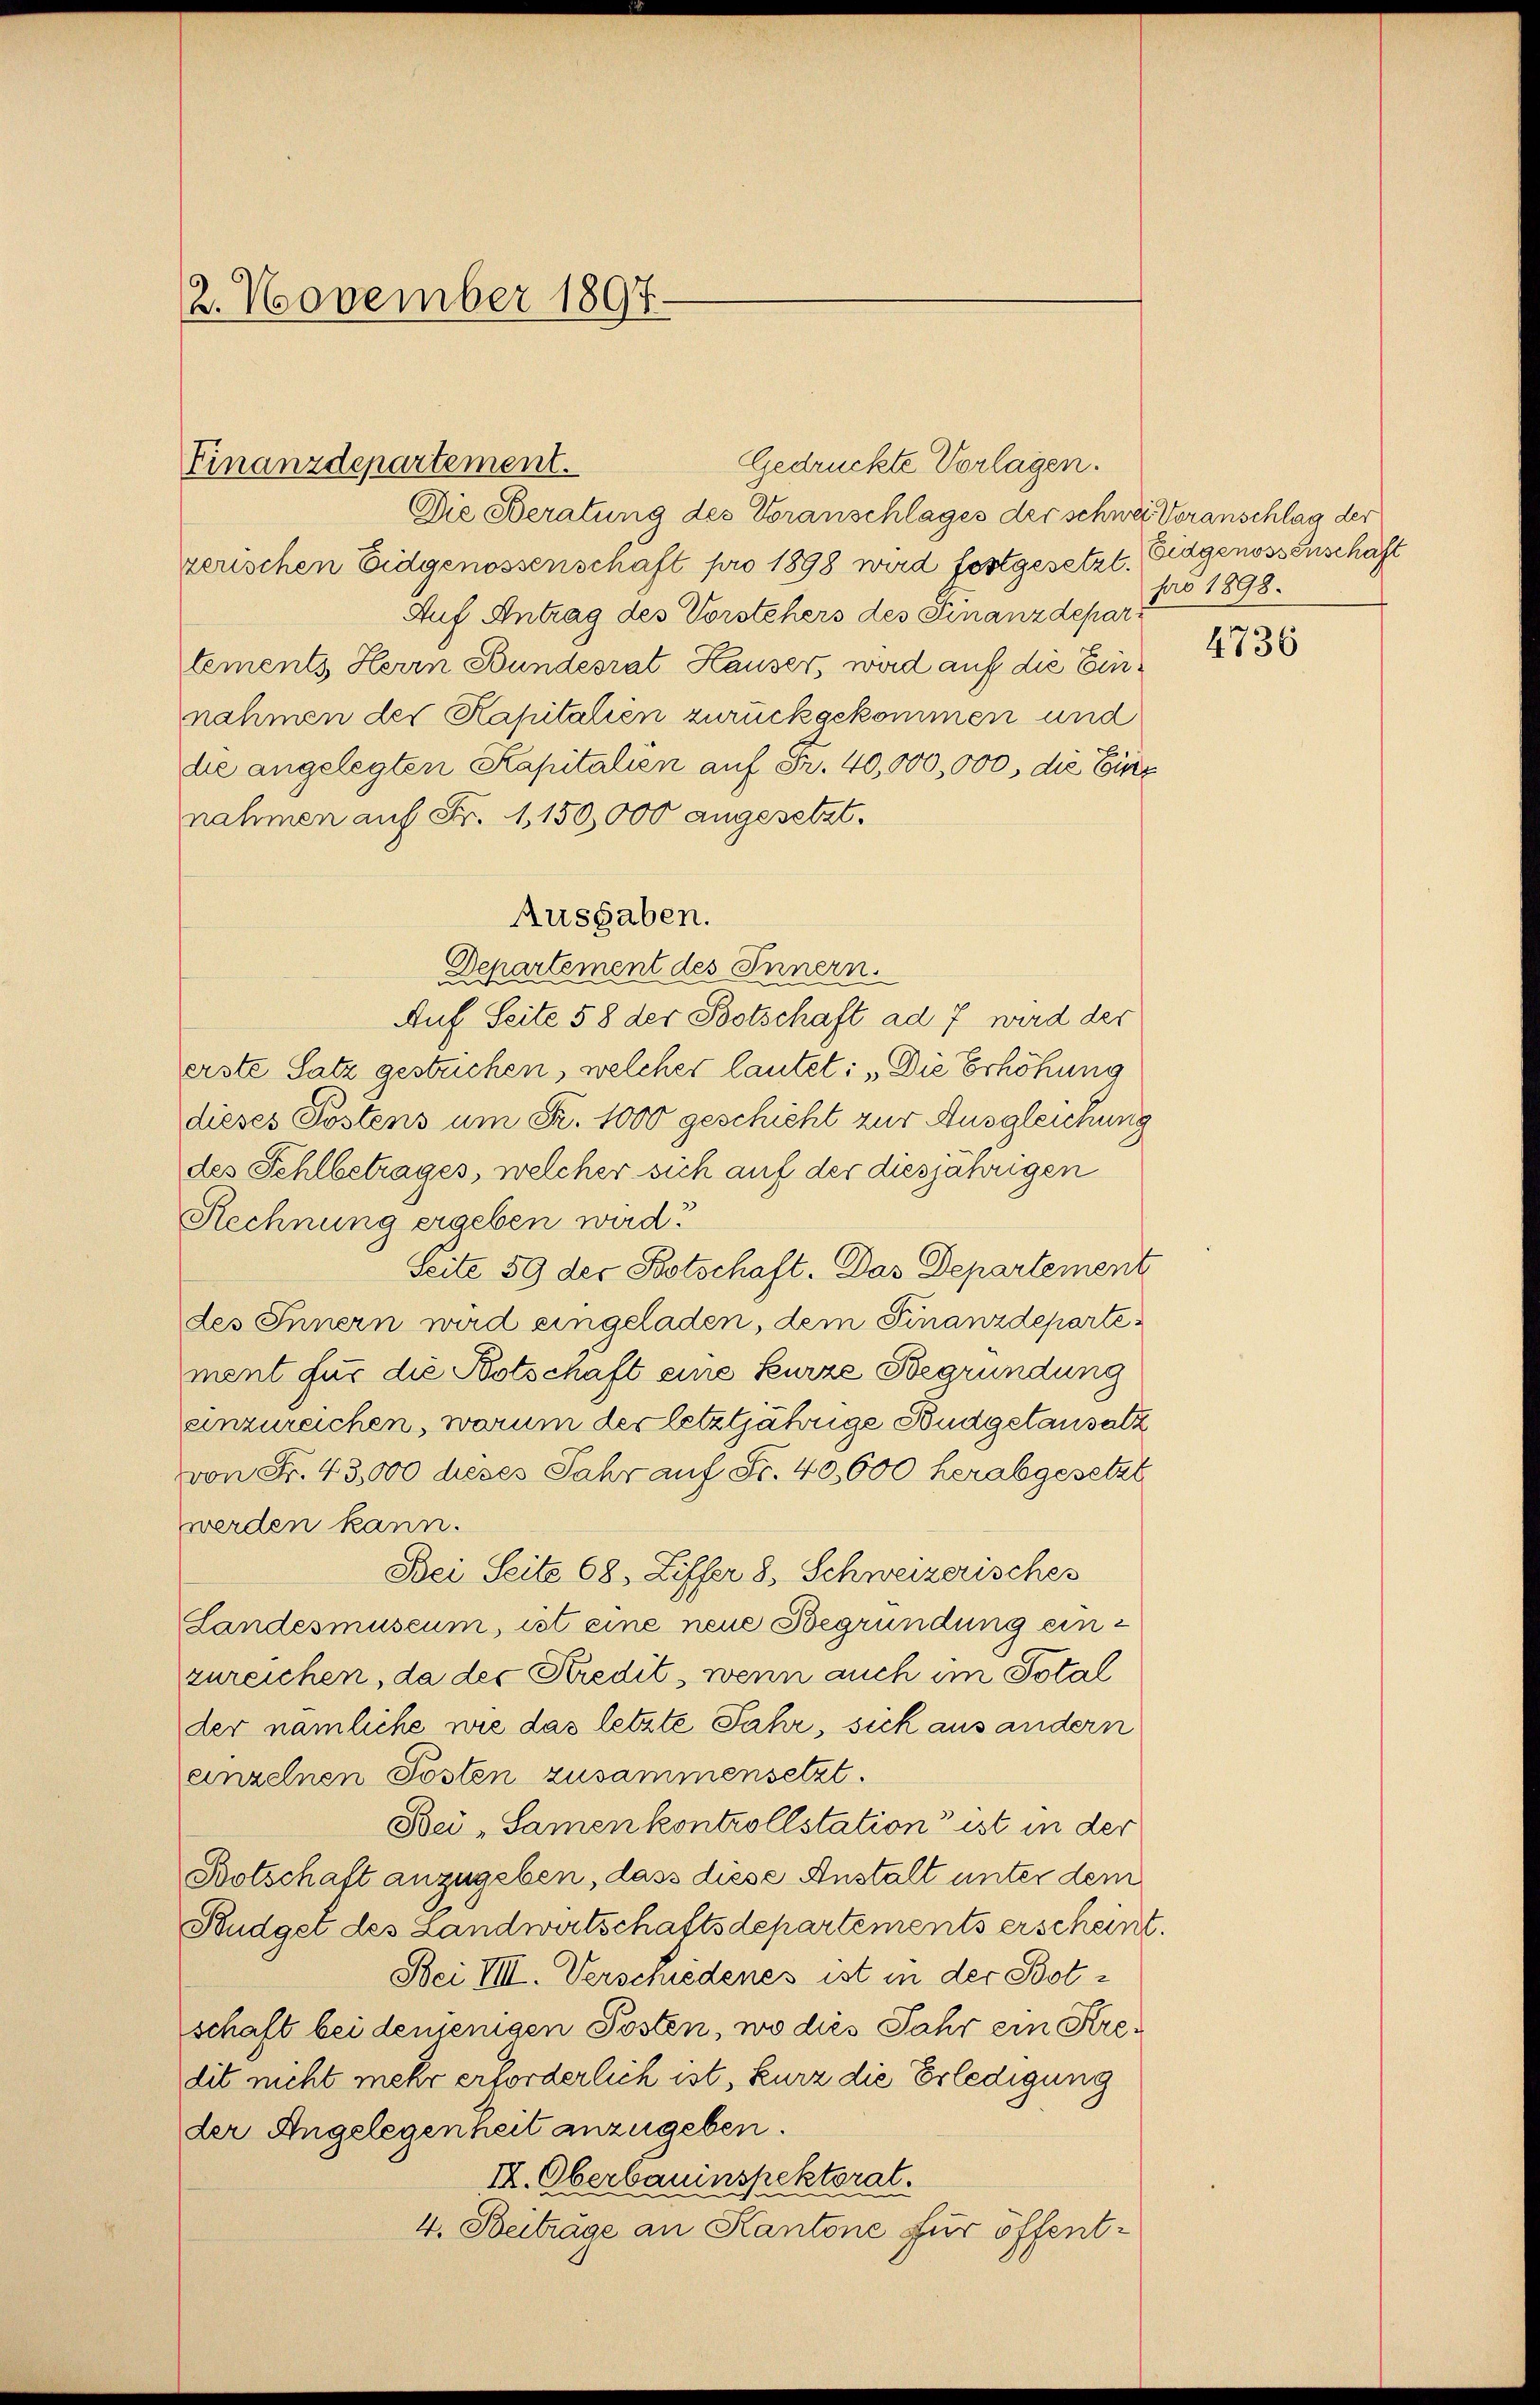
2. November 1897.

Finanzdepartement.

Die Beratung des Voranschlages der schwei Voranschlag der
zerischen Eidgenossenschaft pro 1898 wird fortgesetzt. Eidgenossenschaft
Auf Antrag des Vorstehers des Finanzdepartements Herrn Bundesrat Hauser, wird auf die Einnahmen der Kapitalien zurückgekommen und
die angelegten Kapitalien auf Fr. 40,000,000, die Einz
nahmen auf Fr. 1,150,000 angesetzt.
Ausgaben.
Departement des Innern.
Auf Seite 58 der Botschaft ad 7 wird der
erste Satz gestrichen, welcher lautet: „Die Erhöhung
dieses Postens um Fr. 1000 geschicht zur Ausgleichung
des Fehlbetrages, welcher sich auf der diesjährigen
Rechnung ergeben wird.
Seite 59 der Botschaft. Das Departement
des Innern wird eingeladen, dem Finanzdepartement für die Notschaft eine kurze Begründung
einzureichen, warum der letztjährige Budgetansatz
von Fr. 43,000 dieses Jahr auf Fr. 40,000 herabgesetzt
werden kann.
Bei Seite 68, Ziffer 8 Schweizerisches
Landesmuseum, ist eine neue Begründung einzureichen, da der Kredit, wenn auch im Total
der nämliche wie das letzte Jahr, sich aus andern
einzelnen Posten zusammensetzt.
Bei „Samen kontrollstation ist in der
Botschaft anzugeben, dass diese Anstalt unter dem
Budget des Landwirtschaftsdepartements erscheint.
Bei VIII. Verschiedenes ist in der Botschaft bei denjenigen Posten, wo dies Jahr ein Kredit nicht mehr erforderlich ist, kurz die Erledigung
der Angelegenheit anzugeben.
IX. Oberbauinspektorat.
4. Beiträge an Kantone für öffent¬

Gedrückte Vorlagen.

pro 1898.

4736